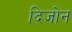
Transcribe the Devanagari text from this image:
दिजोन